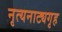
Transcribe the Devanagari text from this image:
नृत्यनाट्यगृह